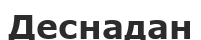
Деснадан